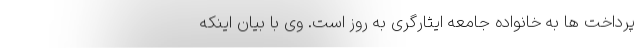
پرداخت ها به خانواده جامعه ایثارگری به روز است. وی با بیان اینکه